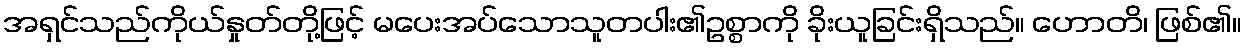
အရှင်သည်ကိုယ်နှုတ်တို့ဖြင့် မပေးအပ်သောသူတပါး၏ဥစ္စာကို ခိုးယူခြင်းရှိသည်။ ဟောတိ၊ ဖြစ်၏။